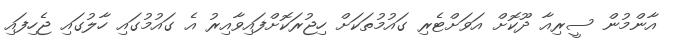
އާންމުން ސީރިއާ ދޫކޮށް އަވަށްޓެރި ގައުމުތަކަށް ހިޖުރަކޮށްފައިވާއިރު އެ ގައުމުގައި ހާލުގައި ޖެހިފައި